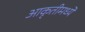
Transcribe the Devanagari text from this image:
आकृतीमध्ये